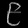
Digit: ၉